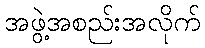
အဖွဲ့အစည်းအလိုက်